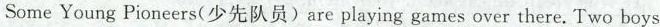
Some Young Pioneers( 少先队员)are playing games over there. Two boys